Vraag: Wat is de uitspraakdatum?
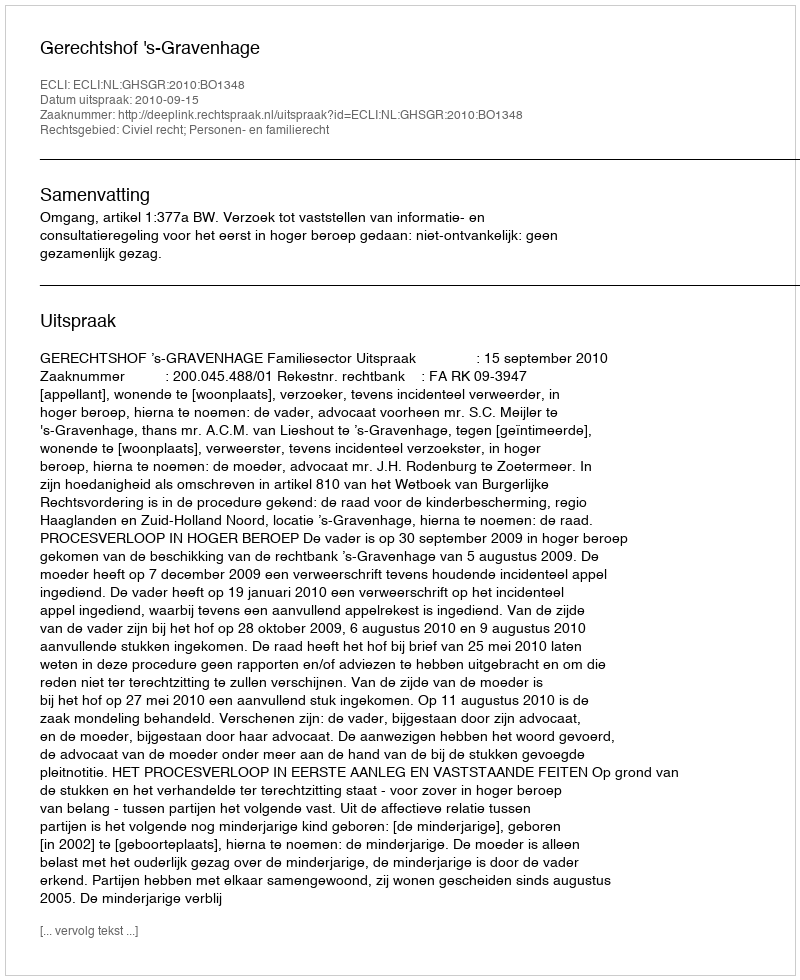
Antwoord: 2010-09-15